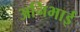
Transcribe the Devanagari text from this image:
अनिभाई